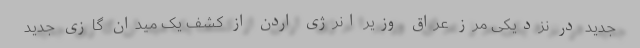
جدید در نزدیکی مرز عراق وزیر انرژی اردن از کشف یک میدان گازی جدید